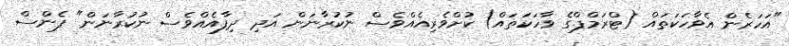
"އަހަރެން އެވާހަކަތައް (ޓްރަމްޕްގެ ވާހަކަތައް) ކުށްވެރިއެއްވެސް ނުކުރާނަން އަދި ދިފާއެއްވެސް ނުކުރާނަން" ޕެންސް